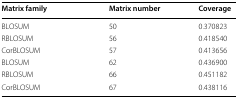
<table><thead><tr><td><b>Matrix family</b></td><td><b>Matrix number</b></td><td><b>Coverage</b></td></tr></thead><tbody><tr><td>BLOSUM</td><td>50</td><td>0.370823</td></tr><tr><td>RBLOSUM</td><td>56</td><td>0.418540</td></tr><tr><td>CorBLOSUM</td><td>57</td><td>0.413656</td></tr><tr><td>BLOSUM</td><td>62</td><td>0.436900</td></tr><tr><td>RBLOSUM</td><td>66</td><td>0.451182</td></tr><tr><td>CorBLOSUM</td><td>67</td><td>0.438116</td></tr></tbody></table>